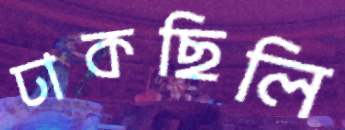
ঢাকছিলি